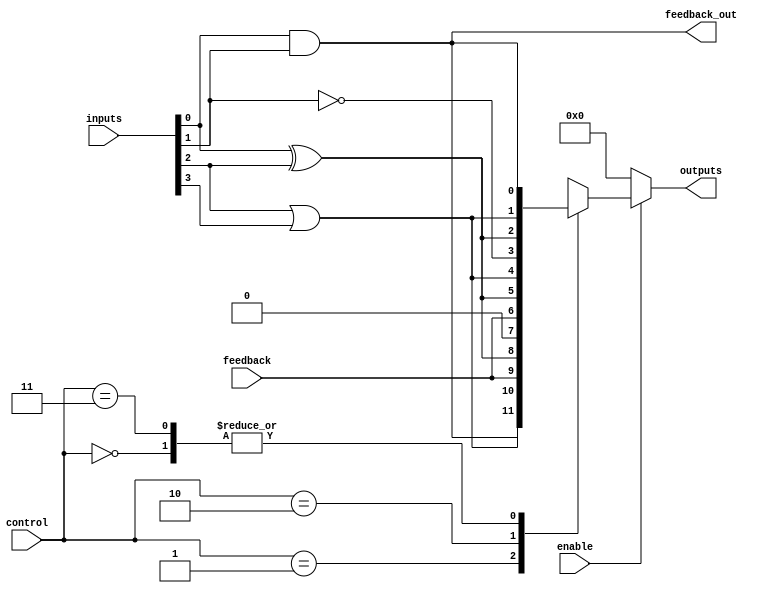
module CLB (
    input wire [3:0] inputs,          // 4 input ports
    input wire [1:0] control,         // Control signals for function selection
    input wire enable,                 // Enable signal
    input wire feedback,               // Feedback input
    output wire [3:0] outputs,        // 4 output ports
    output wire feedback_out           // Feedback output
);

    // Internal signals
    wire [3:0] lut_out;               // Outputs from LUTs
    wire [3:0] mux_out;               // MUX outputs

    // Logic Function Units (LUTs)
    // LUT0: AND function
    assign lut_out[0] = inputs[0] & inputs[1];

    // LUT1: OR function
    assign lut_out[1] = inputs[2] | inputs[3];

    // LUT2: XOR function
    assign lut_out[2] = inputs[0] ^ inputs[2];

    // LUT3: NOT function
    assign lut_out[3] = ~inputs[1];

    // Multiplexer logic to select outputs based on control signals
    always @(*) begin
        if (enable) begin
            case (control)
                2'b00: mux_out = lut_out;          // Direct LUT outputs
                2'b01: mux_out = {lut_out[1:0], feedback, lut_out[2]}; // Example configuration
                2'b10: mux_out = {feedback, lut_out[2:1]}; // Another configuration
                2'b11: mux_out = {lut_out[3], lut_out[2:0]}; // Another configuration
                default: mux_out = 4'b0000; // Default case
            endcase
        end else begin
            mux_out = 4'b0000; // Disable output if not enabled
        end
    end

    // Output assignments
    assign outputs = mux_out;
    assign feedback_out = lut_out[0]; // Example feedback output

endmodule